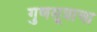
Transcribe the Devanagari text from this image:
गुणसूत्राचा